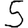
Digit: 5